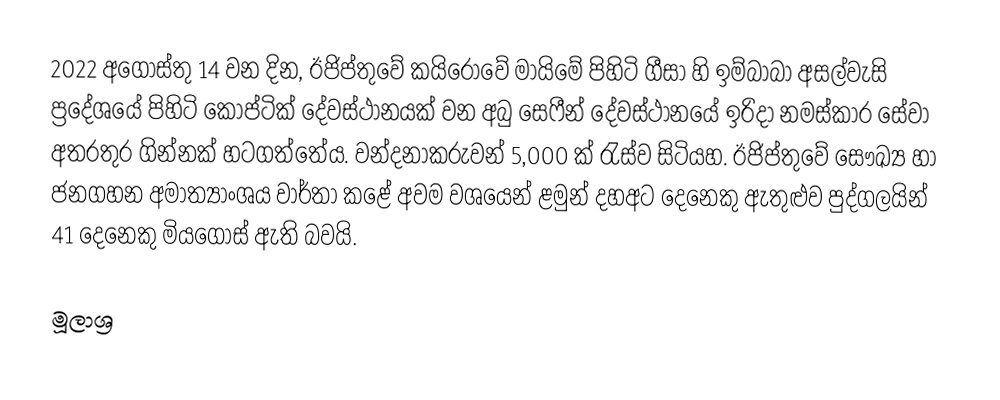
2022 අගෝස්තු 14 වන දින, ඊජිප්තුවේ  කයිරෝවේ මායිමේ පිහිටි ගීසා හි ඉම්බාබා අසල්වැසි ප්‍රදේශයේ පිහිටි කොප්ටික් දේවස්ථානයක් වන අබු සෙෆීන් දේවස්ථානයේ ඉරිදා නමස්කාර සේවා අතරතුර ගින්නක් හටගත්තේය. වන්දනාකරුවන් 5,000 ක් රැස්ව සිටියහ. ඊජිප්තුවේ සෞඛ්‍ය හා ජනගහන අමාත්‍යාංශය වාර්තා කළේ අවම වශයෙන් ළමුන් දහඅට දෙනෙකු ඇතුළුව පුද්ගලයින් 41 දෙනෙකු මියගොස් ඇති බවයි.

මූලාශ්‍ර